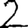
Digit: 2